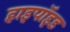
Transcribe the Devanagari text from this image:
हाइपॉइड